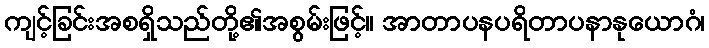
ကျင့်ခြင်းအစရှိသည်တို့၏အစွမ်းဖြင့်။ အာတာပနပရိတာပနာနုယောဂံ၊